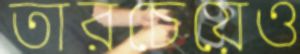
তারচেয়েও